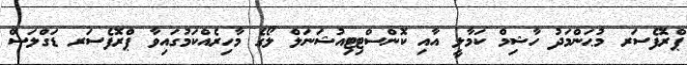
ޕްރޮފެސަރ މުޙަންމަދު ހާޝިމް ކަމާލީ އާއި ކޮންސްޓިޓިއުޝަނަލް ލޯގެ މާހިރެއްކަމުގައިވާ ޕްރޮފެސަރ ޑަގްލަސް